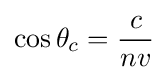
\cos \theta _{c}={\frac {c}{nv}}